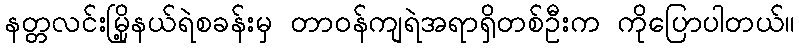
နတ္တလင်းမြို့နယ်ရဲစခန်းမှ တာဝန်ကျရဲအရာရှိတစ်ဦးက ကိုပြောပါတယ်။